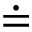
\doteq